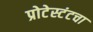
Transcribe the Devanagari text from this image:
प्रोटेस्टंटचा